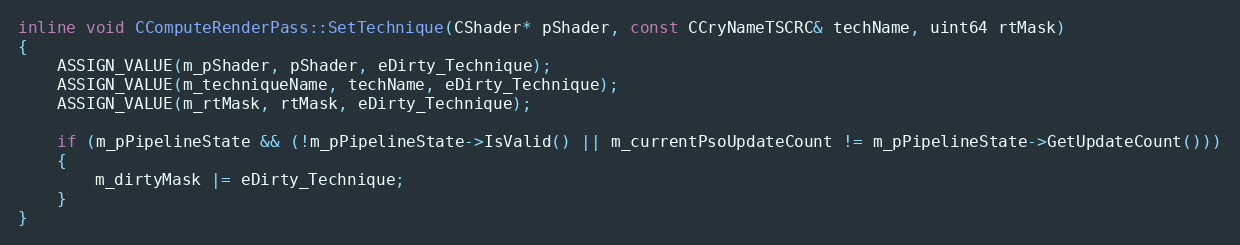
Language: C
inline void CComputeRenderPass::SetTechnique(CShader* pShader, const CCryNameTSCRC& techName, uint64 rtMask)
{
	ASSIGN_VALUE(m_pShader, pShader, eDirty_Technique);
	ASSIGN_VALUE(m_techniqueName, techName, eDirty_Technique);
	ASSIGN_VALUE(m_rtMask, rtMask, eDirty_Technique);

	if (m_pPipelineState && (!m_pPipelineState->IsValid() || m_currentPsoUpdateCount != m_pPipelineState->GetUpdateCount()))
	{
		m_dirtyMask |= eDirty_Technique;
	}
}